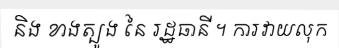
និង ខាងត្បូង នៃ រដ្ឋធានី ។ ការវាយលុក